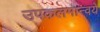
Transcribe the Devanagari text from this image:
उपकलमान्वये